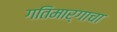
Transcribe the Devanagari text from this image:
गतिमार्गाचा